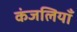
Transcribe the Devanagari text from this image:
कंजलियाँ